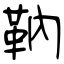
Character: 靹